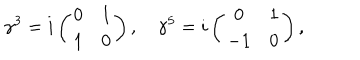
LaTeX: \gamma ^ { 3 } = i \left( \begin{array} { c c } { { 0 } } & { { 1 } } \\ { { 1 } } & { { 0 } } \\ \end{array} \right) , \quad \gamma ^ { 5 } = i \left( \begin{array} { c c } { { 0 } } & { { 1 } } \\ { { - 1 } } & { { 0 } } \\ \end{array} \right) ,